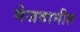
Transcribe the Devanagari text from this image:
मेजवानीत